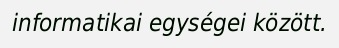
informatikai egységei között.